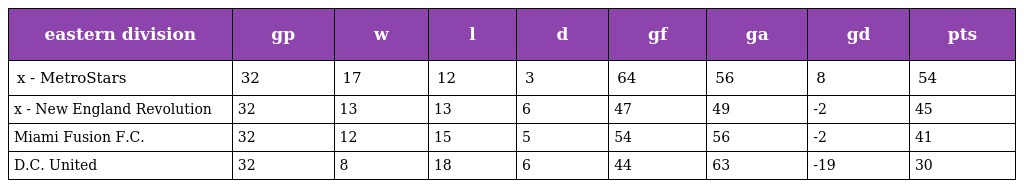
| eastern division | gp | w | l | d | gf | ga | gd | pts |
 | --- | --- | --- | --- | --- | --- | --- | --- | --- |
 | x - MetroStars | 32 | 17 | 12 | 3 | 64 | 56 | 8 | 54 |
 | x - New England Revolution | 32 | 13 | 13 | 6 | 47 | 49 | -2 | 45 |
 | Miami Fusion F.C. | 32 | 12 | 15 | 5 | 54 | 56 | -2 | 41 |
 | D.C. United | 32 | 8 | 18 | 6 | 44 | 63 | -19 | 30 |